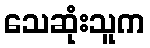
သေဆုံးသူက